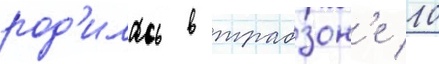
род'илась в трабзон'е 10